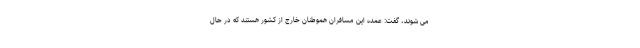
می شوند، گفت: عمده این مسافران هموطنان خارج از کشور هستند که در حال